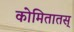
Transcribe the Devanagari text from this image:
कोमितातस्